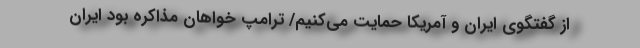
از گفتگوی ایران و آمریکا حمایت می‌کنیم/ ترامپ خواهان مذاکره بود ایران